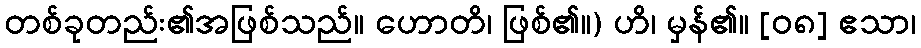
တစ်ခုတည်း၏အဖြစ်သည်။ ဟောတိ၊ ဖြစ်၏။) ဟိ၊ မှန်၏။ [၀၈] ဧသာ၊